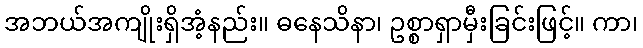
အဘယ်အကျိုးရှိအံ့နည်း။ ဓနေသိနာ၊ ဥစ္စာရှာမှီးခြင်းဖြင့်။ ကာ၊